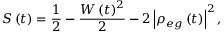
S \left( t \right) = \frac { 1 } { 2 } - \frac { W \left( t \right) ^ { 2 } } { 2 } - 2 \left| \rho _ { e g } \left( t \right) \right| ^ { 2 } ,